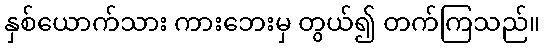
နှစ်ယောက်သား ကားဘေးမှ တွယ်၍ တက်ကြသည်။